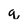
Character: q